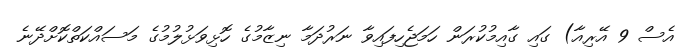
އެސް 9 އޭރިއާ) ގައި ގާއިމުކުރަން ހަމަޖެހިފައިވާ ނަރުދަމާ ނިޒާމުގެ ހޮޅިވަޅުލުމުގެ މަސައްކަތްކޮށްދޭނެ